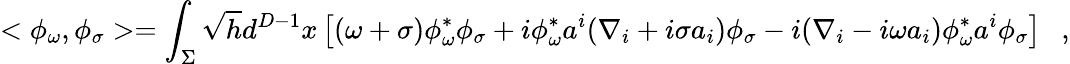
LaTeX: <\phi_{\omega},\phi_{\sigma}>=\int_{\Sigma}\sqrt{h}d^{D-1}x\left[(\omega+\sigma)\phi_{\omega}^{*}\phi_{\sigma}+i\phi_{\omega}^{*}a^{i}(\nabla_{i}+i\sigma a_{i})\phi_{\sigma}-i(\nabla_{i}-i\omega a_{i})\phi_{\omega}^{*}a^{i}\phi_{\sigma}\right]~~~,